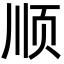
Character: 顺